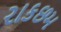
રાકછમ